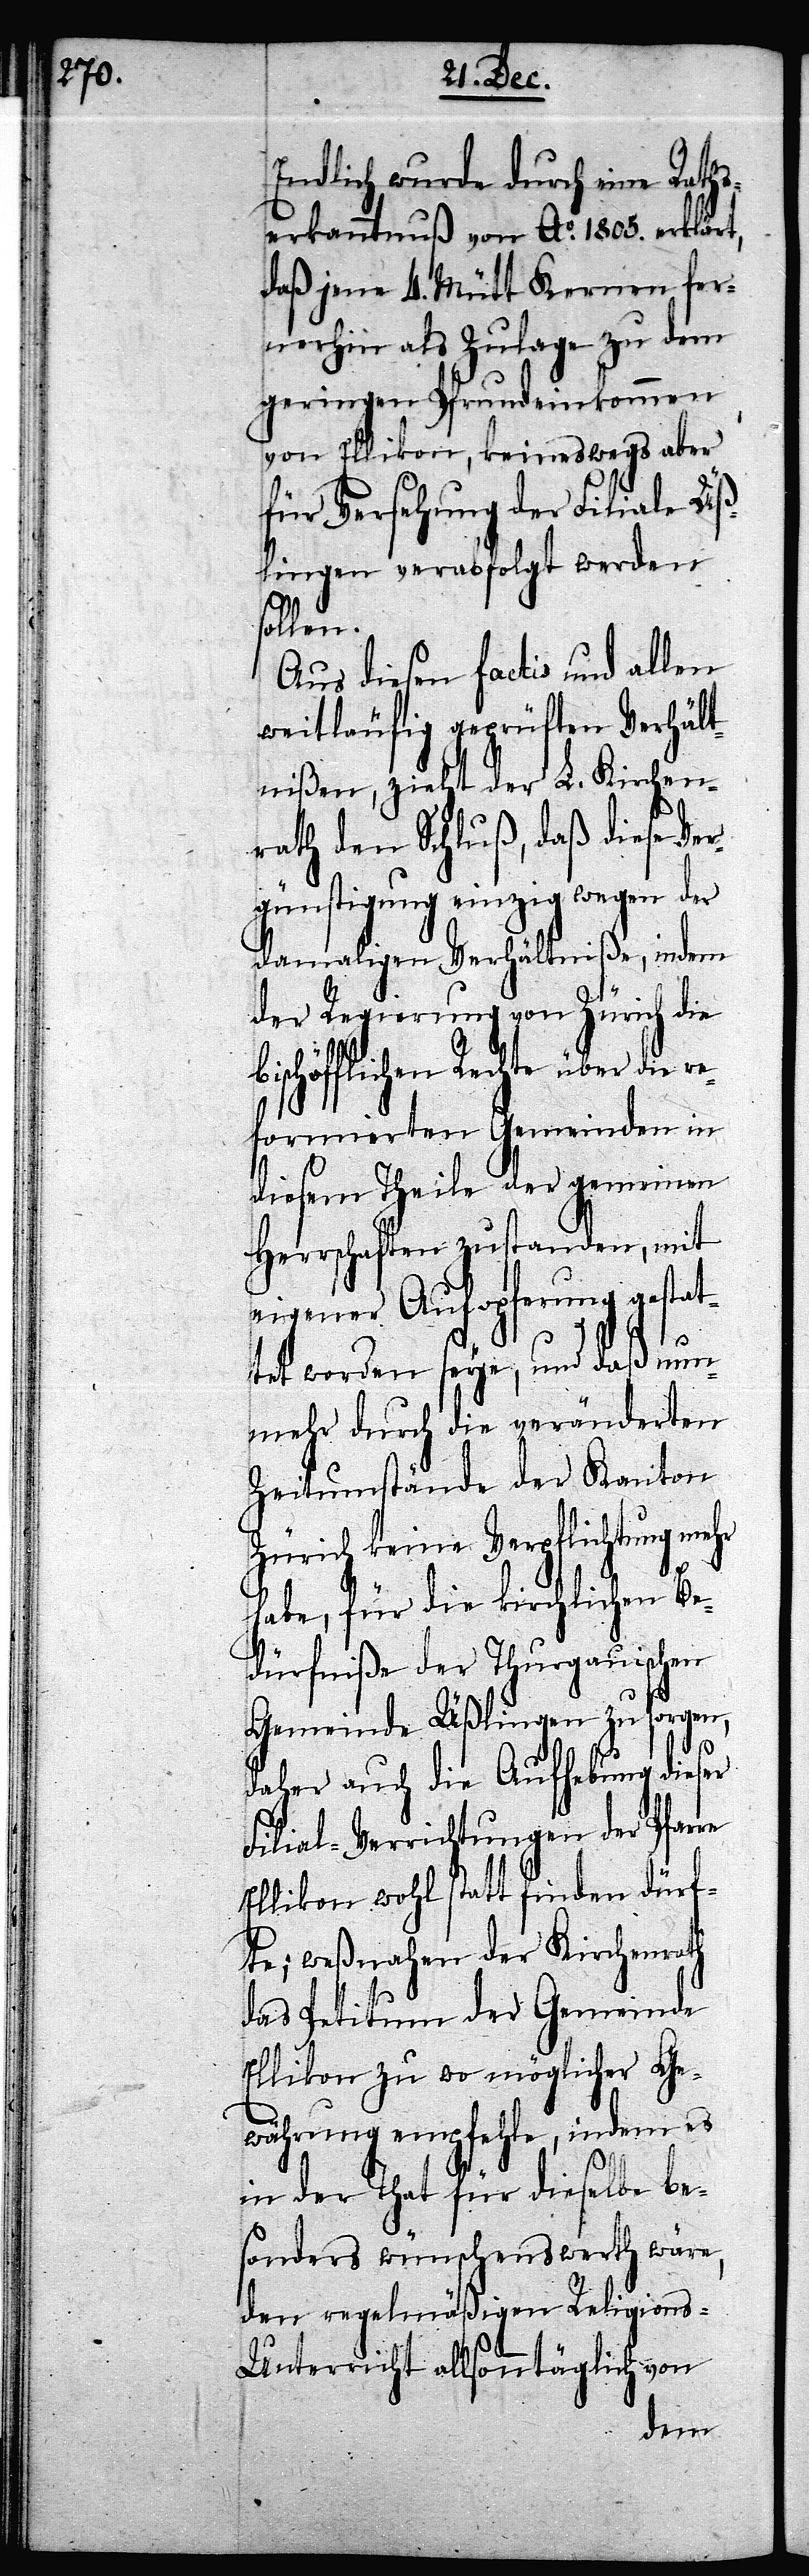
Endlich wurde durch eine Raths¬
erkanntnuß von Ao. 1805. erklärt,
daß jene 4. Mütt Kernen fer¬
nerhin als Zulage zu dem
geringen Pfrundeinkommen
von Ellikon, keineswegs aber
für Versehung der Filiale Üß¬
lingen verabfolgt werden
sollen.
Aus diesen factis und allen
weitläufig geprüften Verhält¬
nißen, zieht der L. Kirchen¬
rath den Schluß, daß diese Ve¬
rgünstigung einzig wegen der
damaligen Verhältniße, indem
der Regierung von Zürich die
bischöflichen Rechte über die re¬
formierten Gemeinden in
diesem Theile der gemeinen
Herrschaften zustanden, mit
eigener Aufopferung gestat¬
tet worden seye, und daß nun¬
mehr durch die veränderten
Zeitumstände der Kanton
Zürich keine Verpflichtung mehr
re
habe, für die kirchlichen Be¬
dürfniße der Thurgauischen
Gemeinde Üßlingen zu sorgen,
daher auch die Aufhebung dieser
Filial-Verrichtungen der Pfar¬
Ellikon wohl statt finden dürf¬
te; weßnahen der Kirchenrath
das Petitum der Gemeinde
Ellikon zu wo möglicher Ge¬
währung empfehle, indem es
in der That für dieselbe be¬
sonders wünschenswerth wäre,
den regelmäßigen Religion¬
s-Unterricht allsonntäglich von